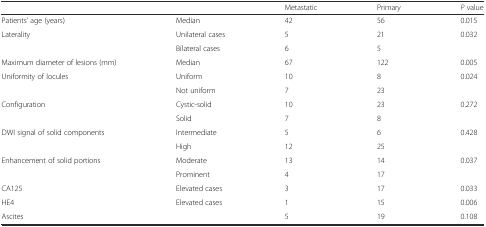
<table><thead><tr><td></td><td></td><td><b>Metastatic</b></td><td><b>Primary</b></td><td><b><i>P</i> value</b></td></tr></thead><tbody><tr><td>Patients’ age (years)</td><td>Median</td><td>42</td><td>56</td><td>0.015</td></tr><tr><td>Laterality</td><td>Unilateral cases</td><td>5</td><td>21</td><td>0.032</td></tr><tr><td></td><td>Bilateral cases</td><td>6</td><td>5</td><td></td></tr><tr><td>Maximum diameter of lesions (mm)</td><td>Median</td><td>67</td><td>122</td><td>0.005</td></tr><tr><td>Uniformity of locules</td><td>Uniform</td><td>10</td><td>8</td><td>0.024</td></tr><tr><td></td><td>Not uniform</td><td>7</td><td>23</td><td></td></tr><tr><td>Configuration</td><td>Cystic-solid</td><td>10</td><td>23</td><td>0.272</td></tr><tr><td></td><td>Solid</td><td>7</td><td>8</td><td></td></tr><tr><td>DWI signal of solid components</td><td>Intermediate</td><td>5</td><td>6</td><td>0.428</td></tr><tr><td></td><td>High</td><td>12</td><td>25</td><td></td></tr><tr><td>Enhancement of solid portions</td><td>Moderate</td><td>13</td><td>14</td><td>0.037</td></tr><tr><td></td><td>Prominent</td><td>4</td><td>17</td><td></td></tr><tr><td>CA125</td><td>Elevated cases</td><td>3</td><td>17</td><td>0.033</td></tr><tr><td>HE4</td><td>Elevated cases</td><td>1</td><td>15</td><td>0.006</td></tr><tr><td>Ascites</td><td></td><td>5</td><td>19</td><td>0.108</td></tr></tbody></table>